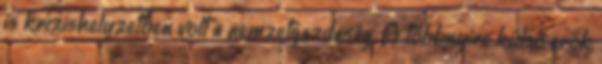
is krízishelyzetben volt a nemzetgazdaság. A többnyire külső erők